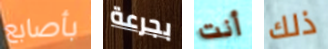
بأصابع بجرعة أنت ذلك